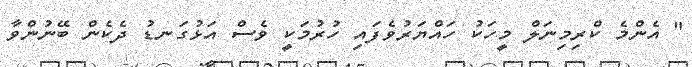
" އެންމެ ކްރިމިނަލް މީހަކު ހައްޔަރުވެފައި ހުރުމަކީ ވެސް އަޅުގަނޑު ދެކެން ބޭނުންވާ